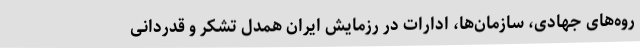
روه‌های جهادی، سازمان‌ها، ادارات در رزمایش ایران همدل تشکر و قدردانی